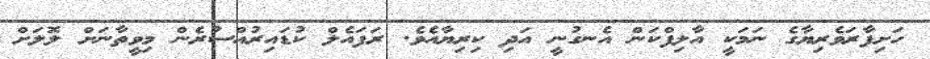
ހަށިފާރަވެރިޔާގެ ނަމަކީ އާލިފްކަން އެނގުނީ އަދި ކިރިޔާއެވެ. ރަފައެލް ކުޑައިރުއްސުރެން މިވީތާނަށް ލޮލަށް